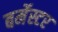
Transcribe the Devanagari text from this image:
बर्मेस्टर